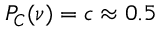
P _ { C } ( \nu ) = c \approx 0 . 5